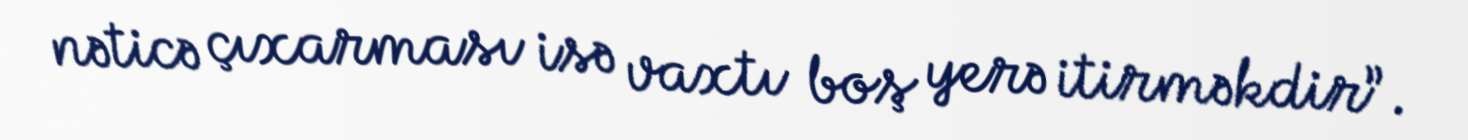
nəticə çıxarması isə vaxtı boş yerə itirməkdir”.